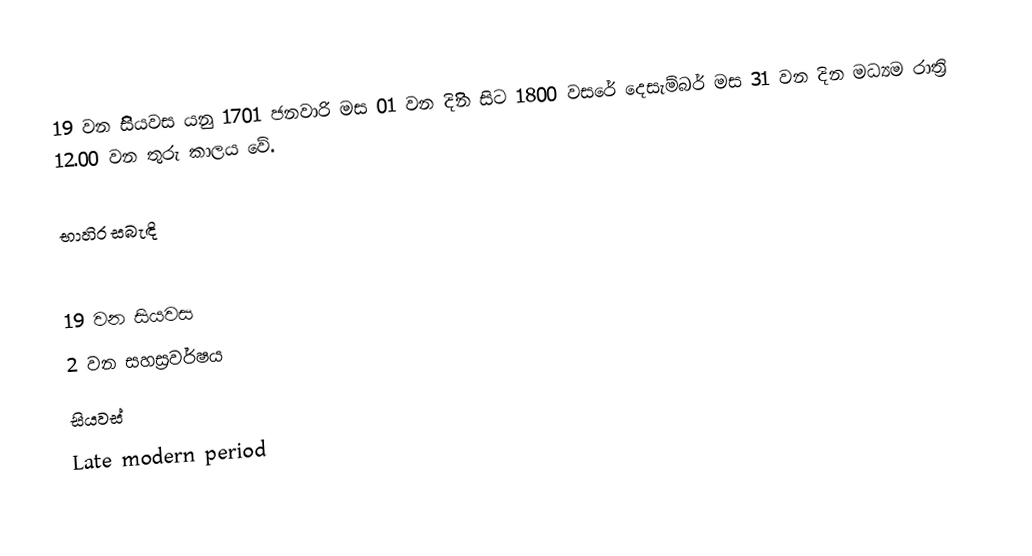
19 වන සිිිිියවස යනු 1701 ජනවාරි මස 01 වන දිිිින සිට 1800 වසරේ දෙසැම්බර් මස 31 වන දින මධ්‍යම රාත්‍රි 12.00 වන තුරු කාලය වේ.

භාහිර සබැඳි

19 වන සියවස
2 වන සහස්‍රවර්ෂය
සියවස්
Late modern period